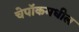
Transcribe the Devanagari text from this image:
चेपॉकमधील